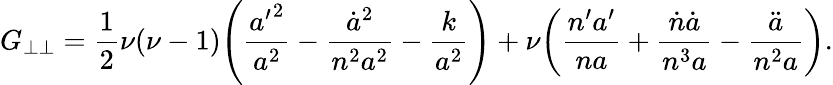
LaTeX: G_{\perp\perp}=\frac{1}{2}\nu(\nu-1)\! \left(\frac{{a^{\prime}}^{2}}{a^{2}}-\frac{\dot{a}^{2}}{n^{2}a^{2}}-\frac{k}{a^{2}}\right)+\nu\! \left(\frac{n^{\prime}a^{\prime}}{na}+\frac{\dot{n}\dot{a}}{n^{3}a}-\frac{\ddot{a}}{n^{2}a}\right).